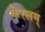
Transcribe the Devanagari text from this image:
केरलम्